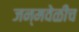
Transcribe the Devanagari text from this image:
जन्मवेळीच